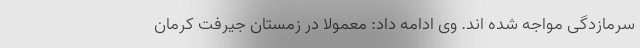
سرمازدگی مواجه شده اند. وی ادامه داد: معمولا در زمستان جیرفت کرمان